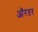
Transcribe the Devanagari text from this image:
ऑरतर